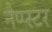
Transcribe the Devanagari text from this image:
नैप्प्स्टर